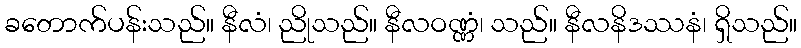
ခတောက်ပန်းသည်။ နီလံ၊ ညိုသည်။ နီလဝဏ္ဏံ၊ သည်။ နီလနိဒဿနံ၊ ရှိသည်။